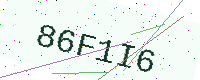
Text: 86F1I6